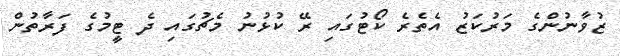
ޒުވާނުންގެ މަރުކަޒު އެތެރެ ކޯޓުގައި ރޭ ކުޅުނު މެޗުގައި ދެ ޓީމުގެ ފަރާތުން